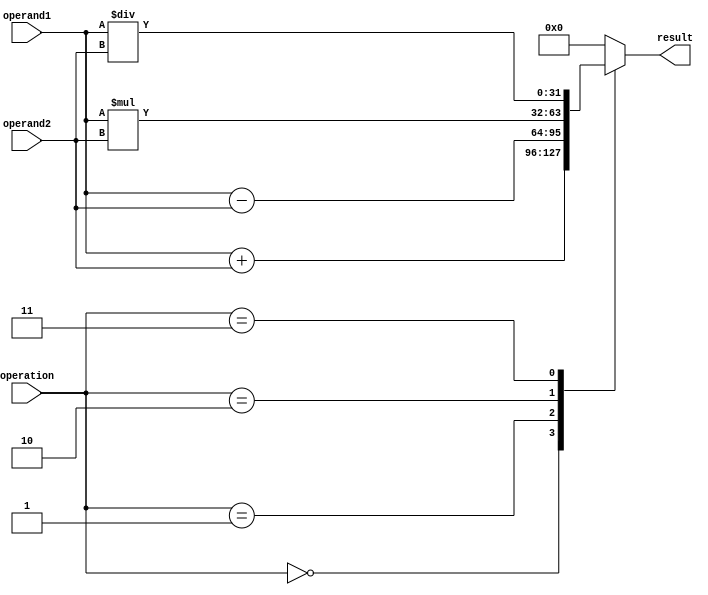
module floating_point_ALU (
    input wire [31:0] operand1,
    input wire [31:0] operand2,
    input wire [2:0] operation,
    output reg [31:0] result
);

reg [31:0] output_reg;

always @(*) begin
    case (operation)
        3'b000: result = operand1 + operand2; // Addition
        3'b001: result = operand1 - operand2; // Subtraction
        3'b010: result = operand1 * operand2; // Multiplication
        3'b011: result = operand1 / operand2; // Division
        default: result = 32'b0; // Default to zero
    endcase
end

endmodule